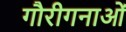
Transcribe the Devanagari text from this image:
गौरीगनाओं